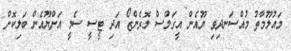
މައުލޫމާތު މުއްސަނދިވި ޔޫއެން އީގަލްސް ލޮރެންޒޯ އަދި ޓީސީ ސެމީ އަށްޔޫއެން ބަލިކޮށް